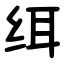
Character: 䌺